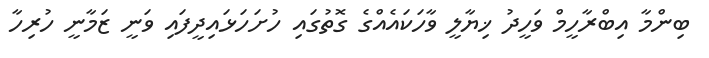
ބިންމާ އިބްރާހީމް ވަހީދު ޚިޔާލީ ވާހަކައެއްގެ ގޮތުގައި ހުށަހަޅައިދީފައި ވަނީ ޒަމާނީ ހުރިހާ